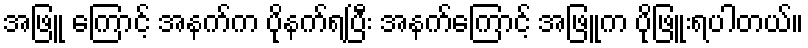
အဖြူ ကြောင့် အနက်က ပိုနက်ရပြီး အနက်ကြောင့် အဖြူက ပိုဖြူးရပါတယ်။